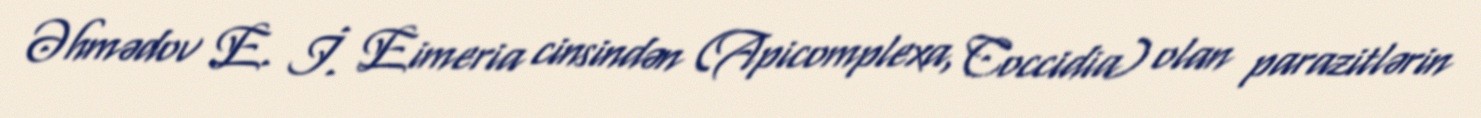
Əhmədov E. İ. Eimeria cinsindən (Apicomplexa, Coccidia) olan parazitlərin